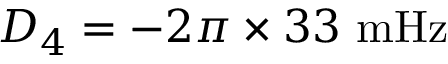
D _ { 4 } = - 2 \pi \times 3 3 ~ \mathrm { m H z }